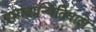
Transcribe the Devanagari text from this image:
प्रभावान्वितिवाले